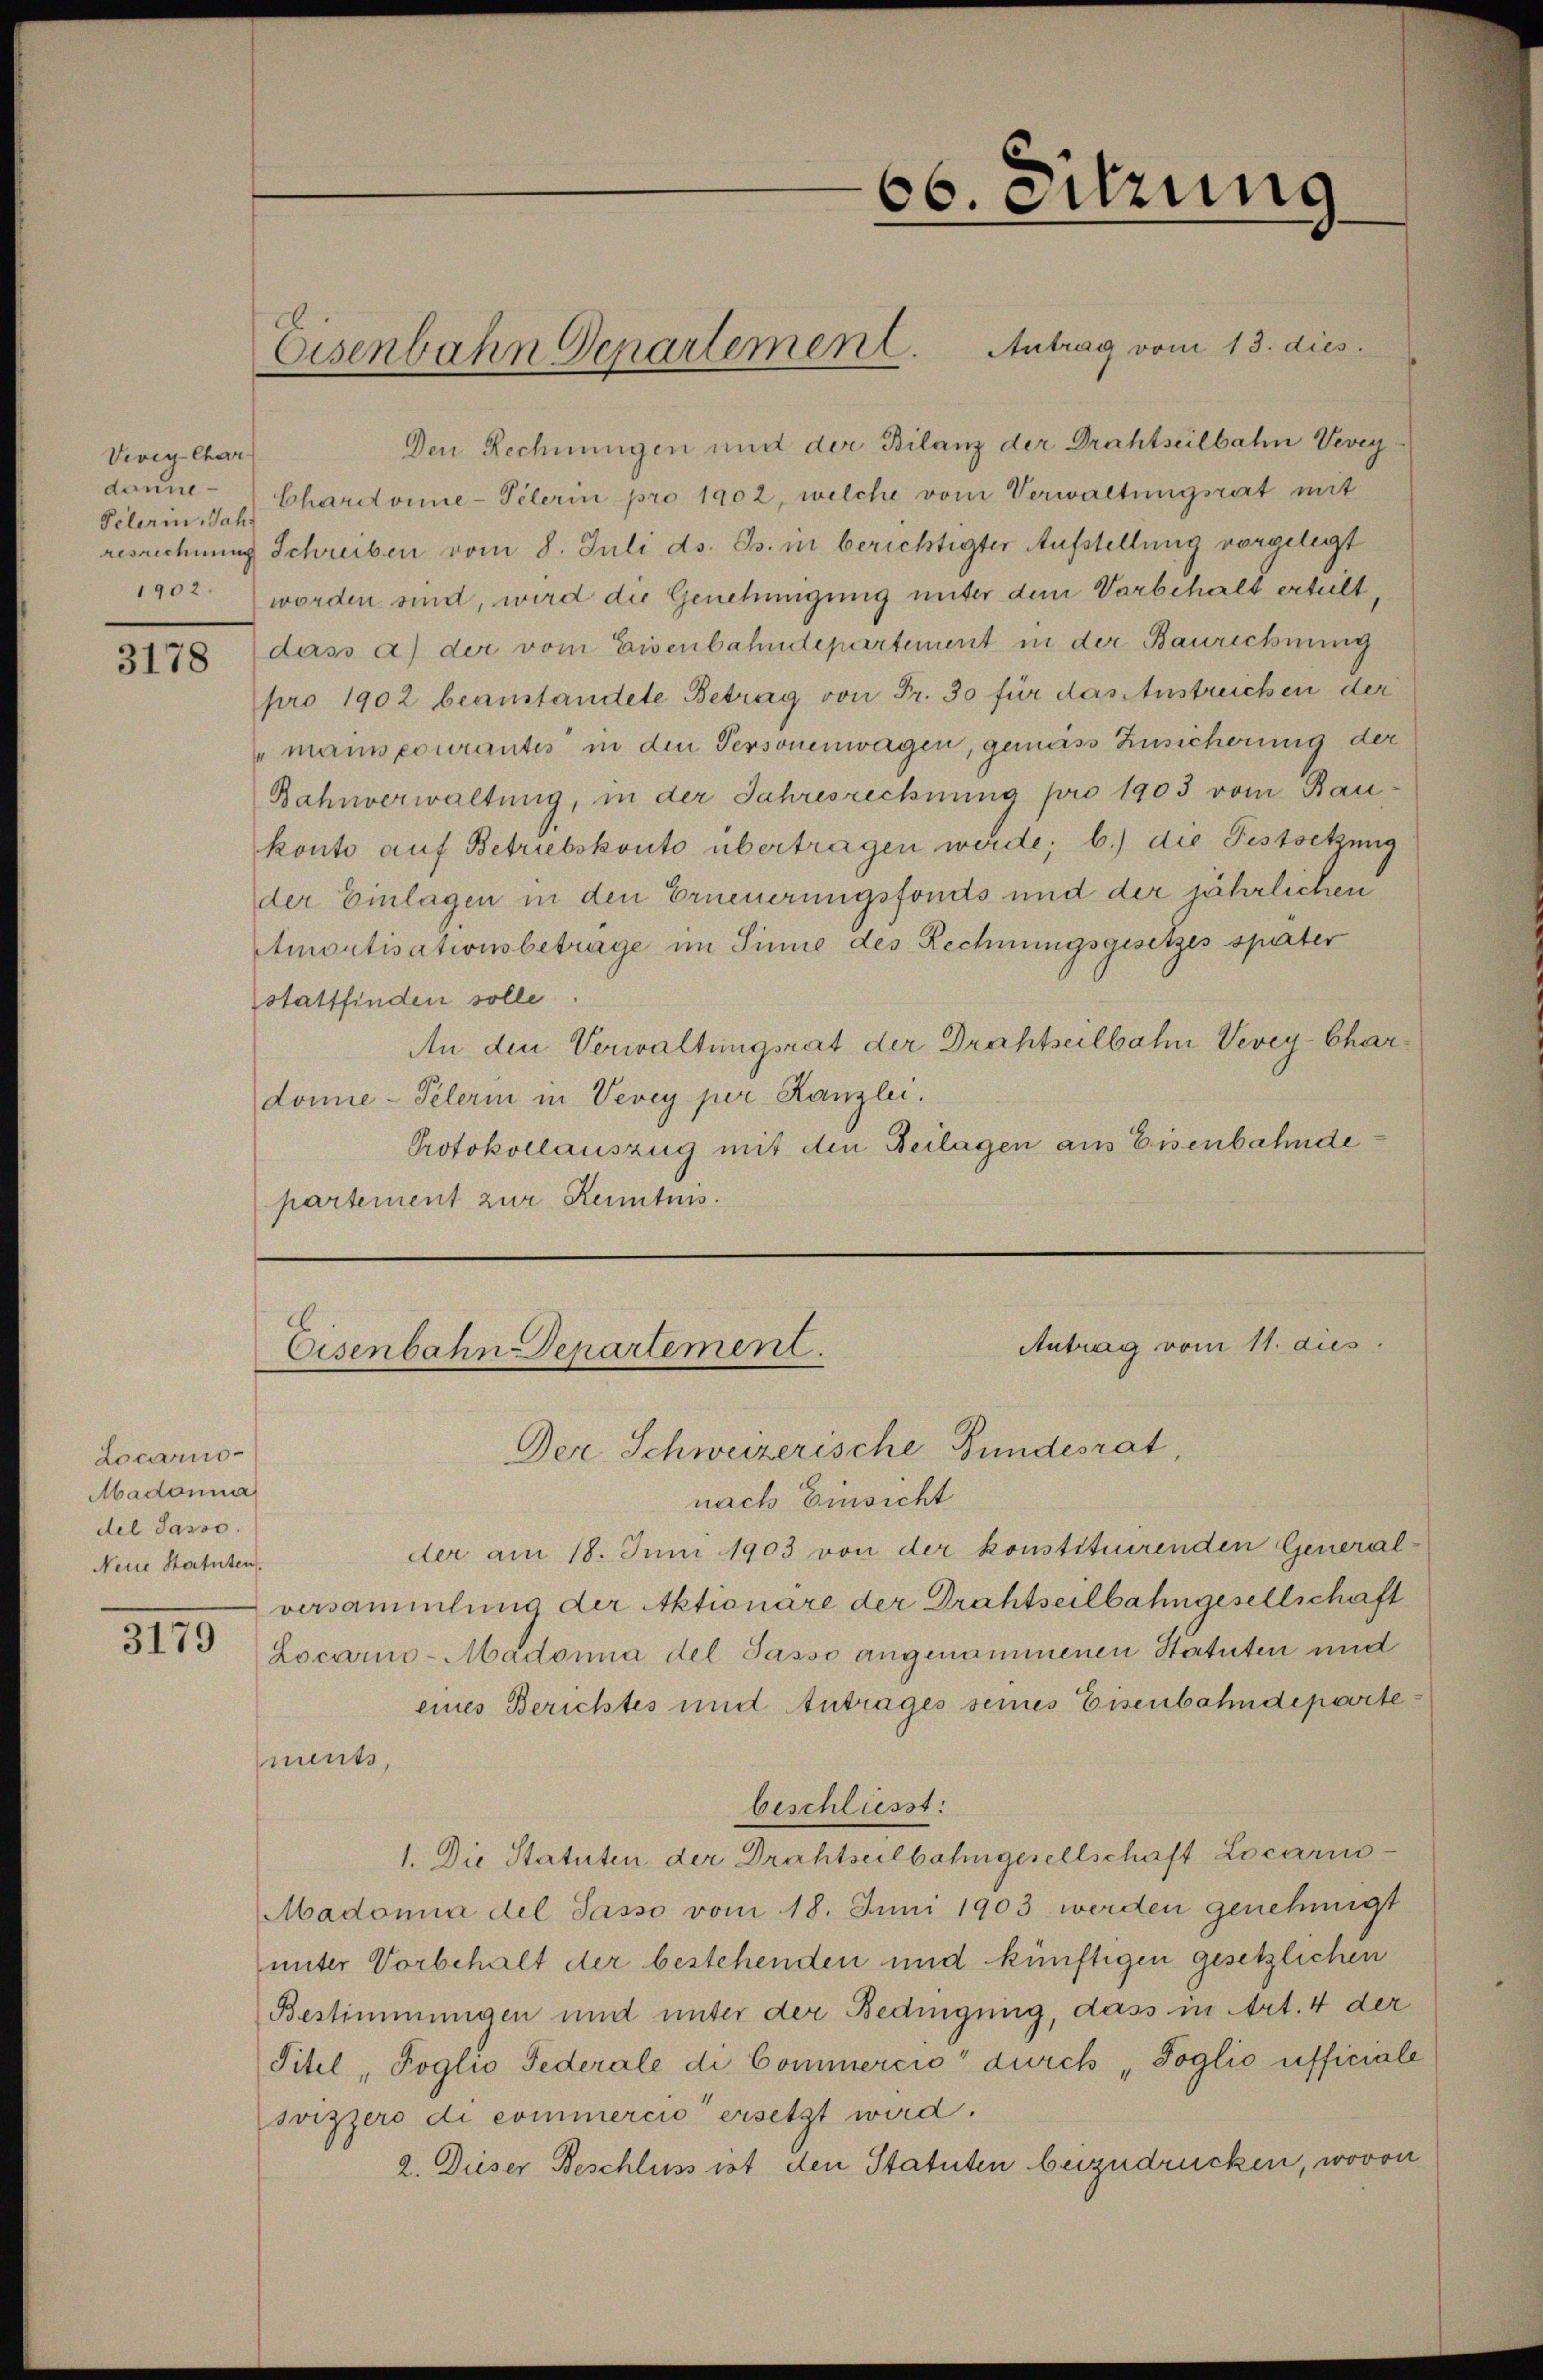
Vevey Char
daune
Pelerin, Jah

3178

Locarno-
Madonna
del Sasso.
Neue Statuten.
3179

Den Rechnungen und der Bilanz der Drahtseilbahn Vevey
Chardonne-Pelerin pro 1902, welche vom Verwaltungsrat mit
resrechnung Schreiben vom 8. Juli ds. Gs. in berichtigter Aufstellung vorgelegt
1902. worden sind, wird die Genehmigung unter dem Vorbehalt erteilt,
dass a) der vom Eisenbahndepartement in der Baurechnung
pro 1902 beanstandete Betrag von Fr. 30 für das Anstreichen der
"manis courantis in den Personenwagen, gemäss Zusicherung der
Bahnverwaltung, in der Jahresrechnŭng pro 1903 vom Rau
konto auf Betriebskonto übertragen werde; b.) die Festockung
der Einlagen in den Erneuerungsfonds und der jährlichen
Amortisationsbetrage im Sinne des Rechnungsgesetzes später
stattfinden solle
An den Verwaltungsrat der Drahtseilbahn Vevey-Chardone-Pelerin in Vevey per Kanzlei.
Protokollauszug mit den Beilagen aus Eisenbahnde
partement zur Kenntnis.

Eisenbahn Departement. Antrag vom 13. dies

66. Sitzung

Antrag vom 11. dies
Eisenbahn-Departement.

Der Schweizerische Bundesrat,
nach Einsicht
der am 18. Juni 1903 von der konstituirenden General-
versammlung der Aktionäre der Drahtseilbahngesellschaft
Locarno-Madonna del Jasso angenommenen Statuten und
eines Berichtes und Antrages seines Eisenbahndepartement,
beschliesst:
1. Die Statuten der Drahtseilbahngesellschaft Locari-
Madonia del Sasso vom 18. Juni 1903 werden genehmigt
unter Vorbehalt der bestehenden und künftigen gesetzlichen
Bestimmungen und unter der Bedingung, dass in Art. 4 der
Titel, Poglio Federale di Commercio“ durch „Toglio afficiale
svizzero di commercio ersetzt wird.
2. Dieser Beschluss ist den Statuten beizudrücken, wovon